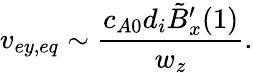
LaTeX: v_{ey,eq}\sim\frac{c_{A0}d_{i}\tilde{B}_{x}^{\prime}(1)}{w_{z}}.